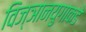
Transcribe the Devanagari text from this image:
विज्ञानयुगाकडे